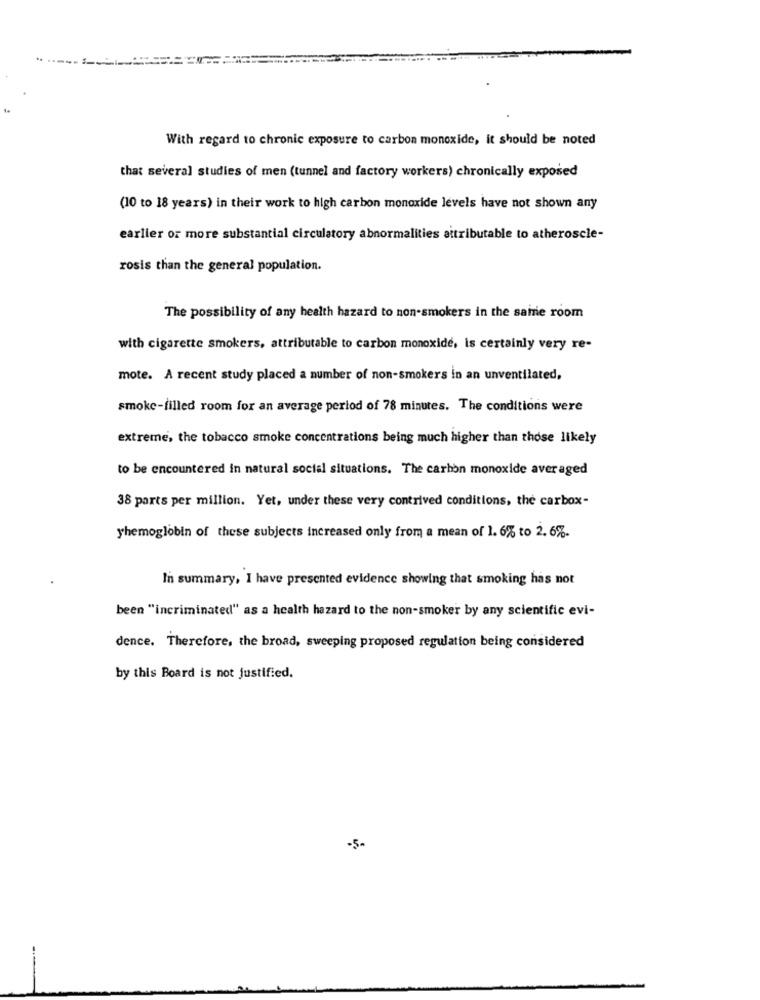
With regard to chronic exposure to carbon monoxide, it should be noted
that several studies of men (tunnel and factory workers) chronically exposed
(10 to 18 years) in their work to high carbon monoxide levels have not shown any
earlier or more substantial circulatory abnormalities attributable to atheroscle-
rosis than the general population.
The possibility of any health hazard to non-smokers in the saine room
with cigarette smokers, attributable to carbon monoxide, is certainly very re-
mote. A recent study placed a number of non-smokers in an unventilated,
smoke-filled room for an average period of 78 minutes. The conditions were
extreme, the tobacco smoke concentrations being much higher than those likely
to be encountered in natural social situations. The carbon monoxide averaged
38 parts per million. Yet, under these very contrived conditions, the carbox-
yhemoglobin of these subjects increased only from a mean of 1. 6% to 2.6%.
In summary, I have presented evidence showing that smoking has not
been "incriminated" as a health hazard to the non-smoker by any scientific evi-
dence. Therefore, the broad, sweeping proposed regulation being considered
by this Board is not justified.
-5-